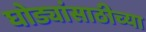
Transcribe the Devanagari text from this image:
घोड्यांसाठीच्या